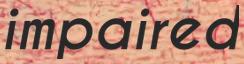
impaired